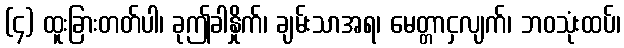
(၄) ထူးခြားတတ်ပါ၊ ခုဤခါနှိုက်၊ ချမ်းသာအရ၊ မေတ္တာငှလျက်၊ ဘဝသုံးထပ်၊